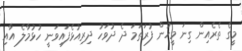
މީގެ ތެރެއިން ގިނަ މީހުން ފުރަތަމަ ދެ ދުވަހު ދިރިއުޅެފައިވަނީ ހުޅުމާލެ އާއި